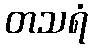
တသရံ